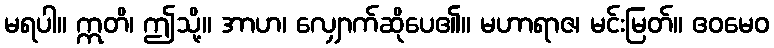
မရပါ။ ဣတိ၊ ဤသို့။ အာဟ၊ လျှောက်ဆိုပေ၏။ မဟာရာဇ၊ မင်းမြတ်။ ဧဝမေဝ